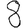
Digit: 8